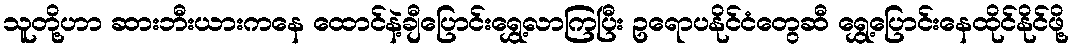
သူတို့ဟာ ဆားဘီးယားကနေ ထောင်နဲ့ချီပြောင်းရွှေ့လာကြပြီး ဥရောပနိုင်ငံတွေဆီ ရွှေ့ပြောင်းနေထိုင်နိုင်ဖို့